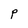
Character: P